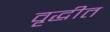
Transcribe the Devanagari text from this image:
वृद्धीत